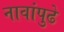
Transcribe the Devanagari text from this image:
नावांपुढे